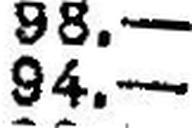
94.—